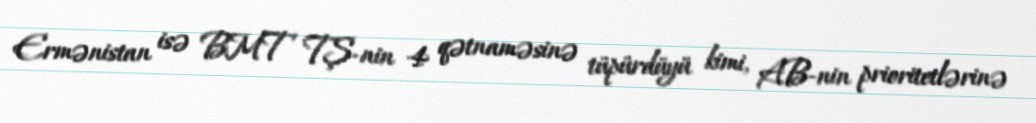
Ermənistan isə BMT TŞ-nin 4 qətnaməsinə tüpürdüyü kimi, AB-nin prioritetlərinə